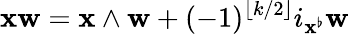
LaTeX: \mathbf{xw}=\mathbf{x}\wedge\mathbf{w}+(-1)^{\lfloor k/2\rfloor}i_{\mathbf{x}^{\flat}}\mathbf{w}